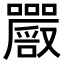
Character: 𡅔